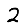
Digit: 2